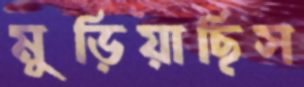
মুড়িয়াছিস